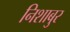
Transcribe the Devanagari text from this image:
निशाबुर